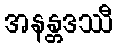
အနန္တဒဿီ